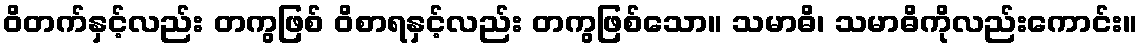
ဝိတက်နှင့်လည်း တကွဖြစ် ဝိစာရနှင့်လည်း တကွဖြစ်သော။ သမာဓိ၊ သမာဓိကိုလည်းကောင်း။